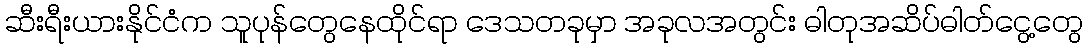
ဆီးရီးယားနိုင်ငံက သူပုန်တွေနေထိုင်ရာ ဒေသတခုမှာ အခုလအတွင်း ဓါတုအဆိပ်ဓါတ်ငွေ့တွေ